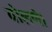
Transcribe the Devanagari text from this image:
बोलणे।